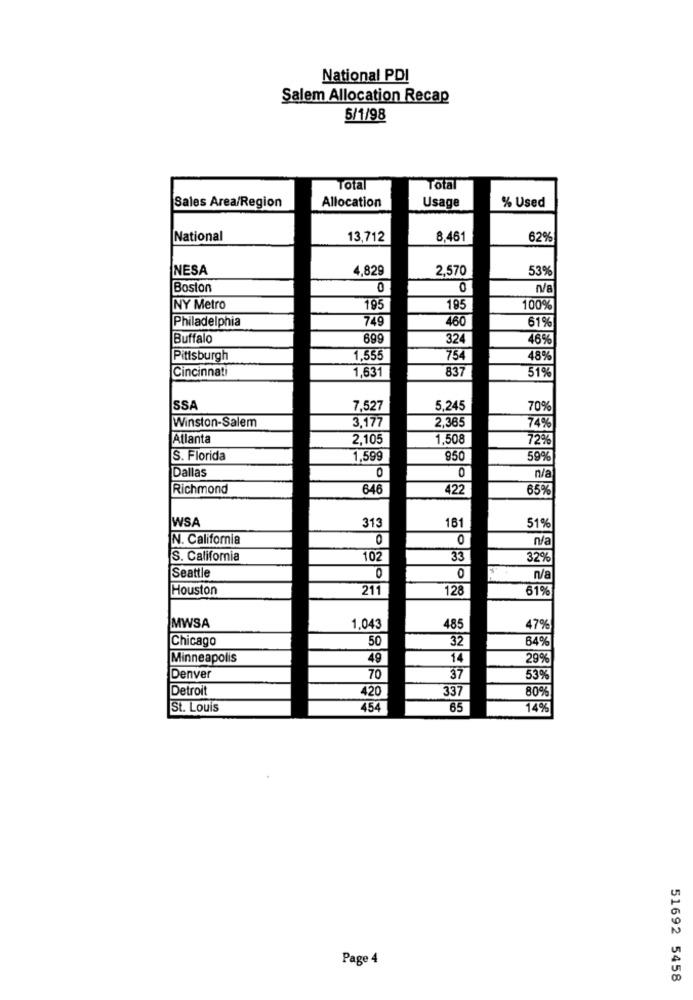
National PDI
Salem Allocation Recap
5/1/98
Total
Total
% Used
Sales Area/Region
Allocation
Usage
National
13,712
8.461
62%
NESA
4,829
2,570
53%
Boston
0
0
NY Metro
195
195
100%
Philadelphia
749
460
61%
Buffalo
699
32
46%|
Pittsburgh
1,555
754
48%
Cincinnati
1,631
837
51%
SSA
7,527
5,245
70%
Winston-Salem
2.365
3,177
74%
Atlanta
2,105
1,508
72%
S. Florida
1,599
950
59%
Dallas
0
n/a
Richmond
646
422
65%
WSA
313
161
51%
N. California
0
0
n/a
S. California
102
33
32%
Seattle
0
0
n/a
Houston
211
128
61%
MWSA
1,043
485
47%
Chicago
50
32
64%
Minneapolis
49
14
29%
Denver
70
37
53%
Detroit
420
337
80%
St. Louis
454
65
14%
Page 4
51692 5458